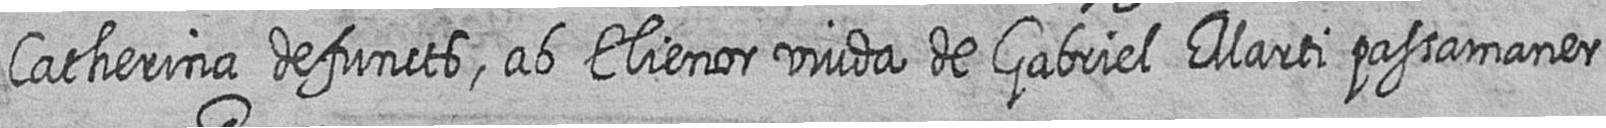
Catherina defuncts ab Elienor viuda de Gabriel Marti passamaner